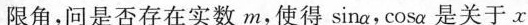
限角，问是否存在实数m，使得sinα，cosα是关于x